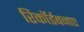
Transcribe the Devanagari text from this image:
रिकॉर्डबनाए